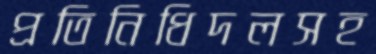
প্রতিনিধিদলসহ